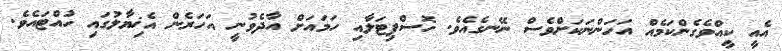
އެއީ ކީއްވެގެންކަމެއް އަހަންނަކަށްވެސް ނޭނގެއެވެ. ހޮސްޕިޓަލާއި ހަމައަށް އާދެވުނީ އަހަރެން އެޚިޔާލުގައި ހުއްޓައެވެ.